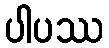
ပါပဿ